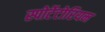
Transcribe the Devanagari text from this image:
स्पोर्टेटोरियम